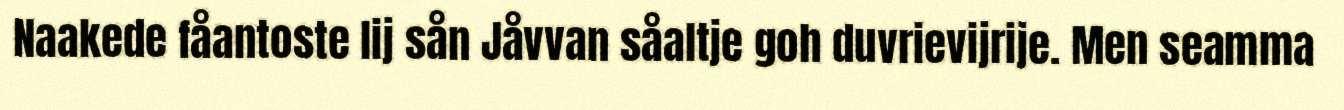
Naakede fåantoste lij sån Jåvvan såaltje goh duvrievijrije. Men seamma